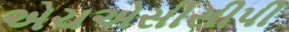
એચએસીસીપી